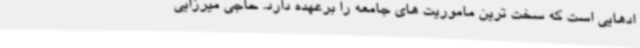
ادهایی است که سخت ترین ماموریت های جامعه را برعهده دارد. حاجی میرزایی